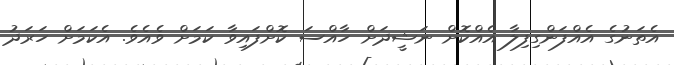
އެތަނުގެ އެއްފަންގިފިލާ އެއްކޮށް ނަޝީދަށް ހާއްސަ ކޮށްފައިވާ ކަމަށް ވެއެވެ. އެކަމަށް ހަރަދު